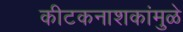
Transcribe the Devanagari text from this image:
कीटकनाशकांमुळे